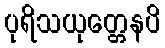
ပုရိသယုတ္တေနပိ